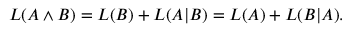
L ( A \land B ) = L ( B ) + L ( A | B ) = L ( A ) + L ( B | A ) .